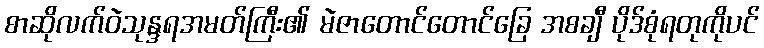
စာဆိုလက်ဝဲသုန္ဒရအမတ်ကြီး၏ မဲဇာတောင်တောင်ခြေ အစချီ ပိုဒ်စုံရတုကိုပင်